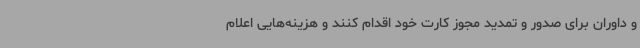
و داوران برای صدور و تمدید مجوز کارت خود اقدام کنند و هزینه‌هایی اعلام